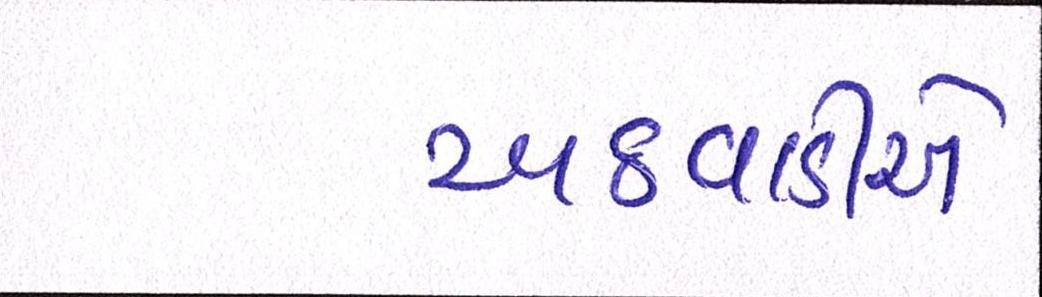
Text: અઠવાડીયે